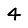
Digit: 4